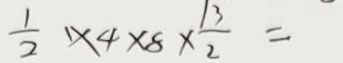
\frac { 1 } { 2 } \times 4 \times 8 \times \frac { 1 3 } { 2 } =